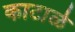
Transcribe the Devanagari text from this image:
काटाळे